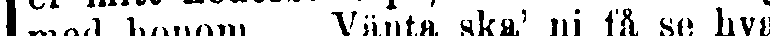
med honom ... Vänta ska' ni få se hvad